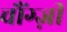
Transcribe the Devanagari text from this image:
चौंग्ज़ी